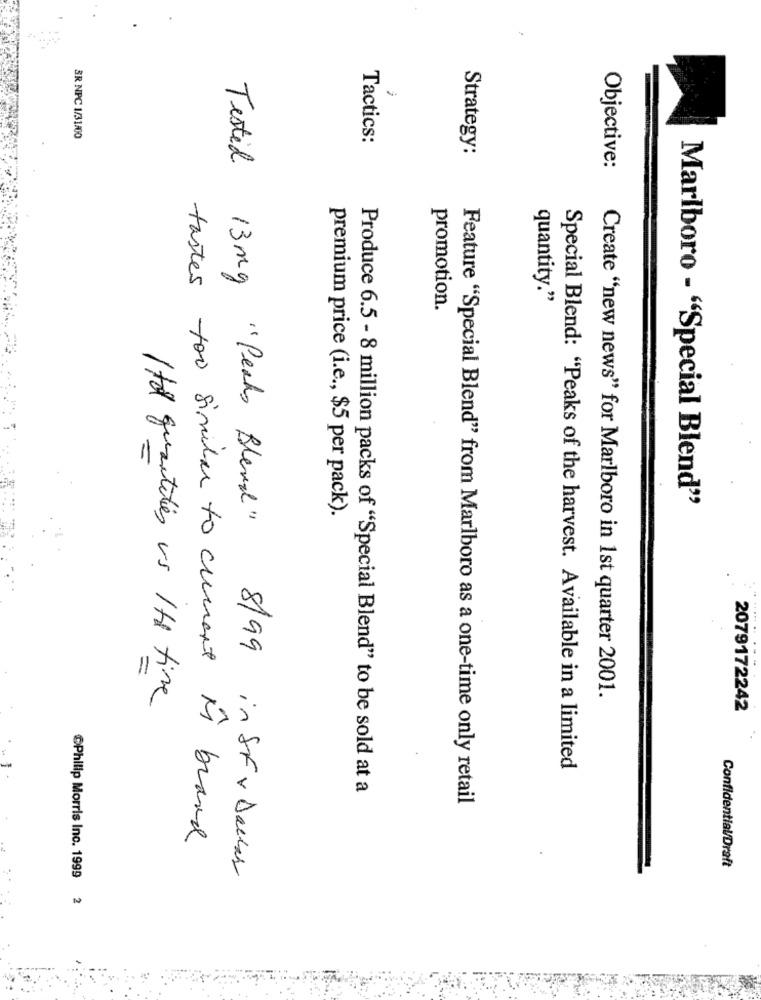
BR NPC 1/31/00
Tactics:
Strategy:
Objective:
quantity."
promotion.
Marlboro - "Special Blend"
premium price (i.e ., $5 per pack).
Tested 13mg "Peaks Blend"
Create "new news" for Marlboro in 1st quarter 2001.
Itd quantities vs 1td time
2079172242
Special Blend: "Peaks of the harvest. Available in a limited
Produce 6.5 - 8 million packs of "Special Blend" to be sold at a
Feature "Special Blend" from Marlboro as a one-time only retail
tastes too similar to current in brand
8/99 in St v Dallas
Confidential/Draft
Philip Morris Inc. 1999
2